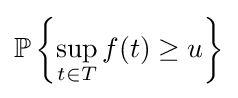
\mathbb {P} \left\{\sup _{t\in T}f(t)\geq u\right\}